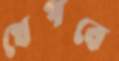
খেপবে